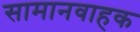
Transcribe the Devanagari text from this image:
सामानवाहक